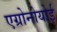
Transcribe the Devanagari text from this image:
एग्रोनोयोई